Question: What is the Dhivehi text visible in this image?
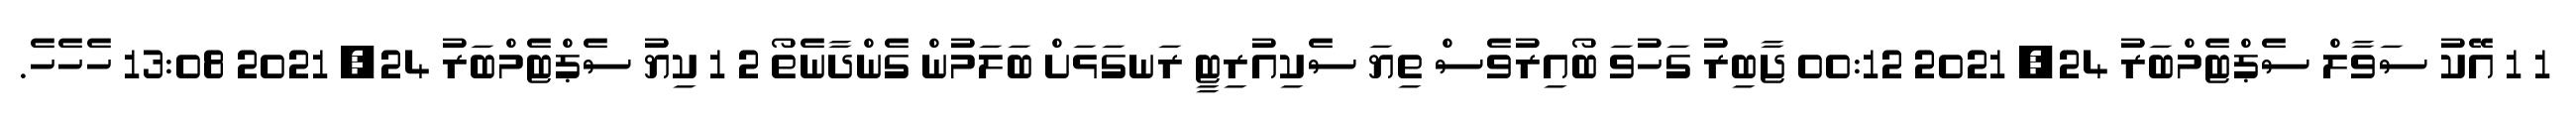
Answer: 1 1 އޭކު ސަވާލް ސެޕްޓެމްބަރު 24, 2021 00:12 ޖާބިރު ގަހުވަ ބޯއިރުވެސް ތިޔަ ސެކިއުރިޓީ ރަނގަޅަށް ބަލަމުން ގެންދާނެތޯ 2 1 ކިޔު ސެޕްޓެމްބަރު 24, 2021 13:08 ހެހެހެ.